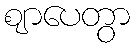
ဈာပေတွာ